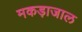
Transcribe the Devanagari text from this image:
मकड़ाजाल